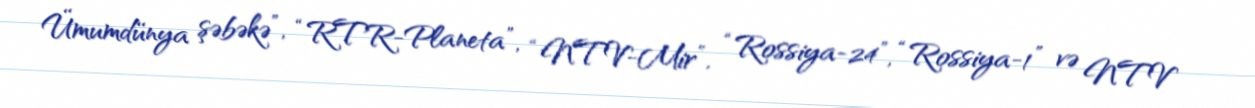
Ümumdünya şəbəkə”, “RTR-Planeta”, “NTV-Mir”, “Rossiya-24”, “Rossiya-1” və NTV